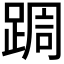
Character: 𮛩